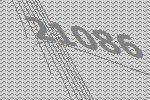
21086